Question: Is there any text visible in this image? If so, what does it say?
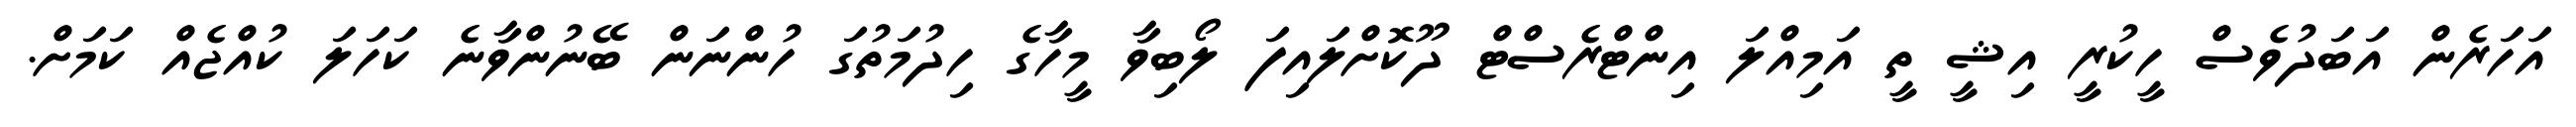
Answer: އަހަރެން އަބަދުވެސް ހީކުރީ އިޝީ ތީ އަމިއްލަ އިންޓްރެސްޓް ދޫކޮށްލައިފަ ލޯބިވާ މީހާގެ ހިދުމަތުގަ ހުންނަން ބޭނުންވާނެ ކަހަލަ ކުއްޖެއް ކަމަށް.